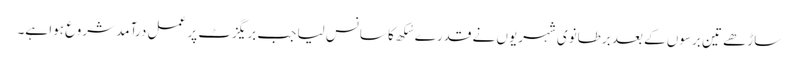
ساڑھے تین برسوں کے بعد برطانوی شہریوں نے قدرے سُکھ کا سانس لیا جب بریگزٹ پر عمل درآمد شروع ہوا ہے۔